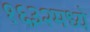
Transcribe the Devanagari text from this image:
१६३२मध्ये